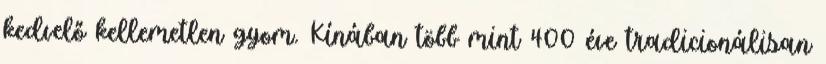
kedvelő kellemetlen gyom. Kínában több mint 400 éve tradicionálisan